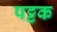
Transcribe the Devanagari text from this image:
पट्टक